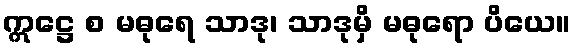
ဣဋ္ဌေ စ မဓုရေ သာဒု၊ သာဒုမှိ မဓုရော ပိယေ။